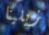
زيلينا